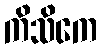
ကိသိကေ